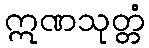
ဣဏသုတ္တံ